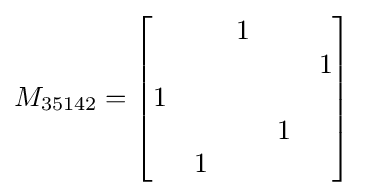
M_{35142}={\begin{bmatrix}&&1&&\\&&&&1\\1&&&&\\&&&1&\\&1&&&\end{bmatrix}}